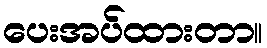
ပေးအပ်ထားတာ။